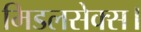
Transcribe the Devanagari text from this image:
मिडलसेक्स।